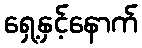
ရှေ့နှင့်နောက်